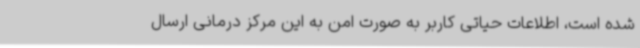
شده است، اطلاعات حیاتی کاربر به صورت امن به این مرکز درمانی ارسال